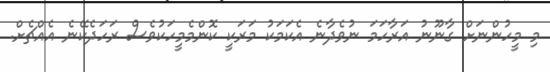
މި މީހުންނަށް ގާނޫނު އަރާހަމަ ނުވެދާނެ އެކަމަކު މަރަކީ ކޮންމެމީހަކުވެސް ރަހަދެކޭނެ އެއްޗެށް.